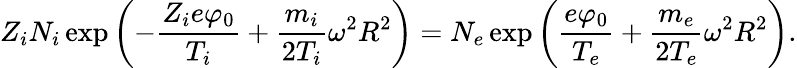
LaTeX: Z_{i}N_{i}\exp\left(-\frac{Z_{i}e\varphi_{0}}{T_{i}}+\frac{m_{i}}{2T_{i}}\omega^{2}R^{2}\right)=N_{e}\exp\left(\frac{e\varphi_{0}}{T_{e}}+\frac{m_{e}}{2T_{e}}\omega^{2}R^{2}\right).